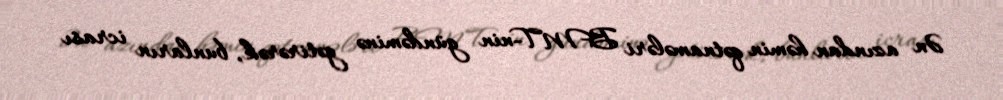
Ən azından həmin qətnamələri BMT-nin gündəminə gətirərək, bunların icrası